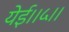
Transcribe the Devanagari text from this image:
येई।।५।।